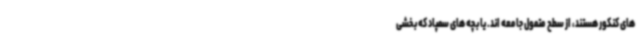
های کنکور هستند، از سطح متمول جامعه اند. یا بچه های سمپاد که بخشی